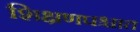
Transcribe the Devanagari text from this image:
शिक्षणपश्चात